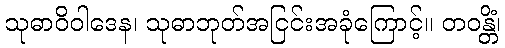
သုဓာဝိဝါဒေန၊ သုဓာဘုတ်အငြင်းအခုံကြောင့်။ တဝန္တိံ၊